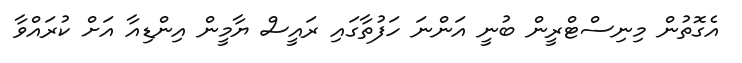
އެގޮތުން މިނިސްޓްރީން ބުނީ އަންނަ ހަފުތާގައި ރައީސް ޔާމީން އިންޑިއާ އަށް ކުރައްވާ